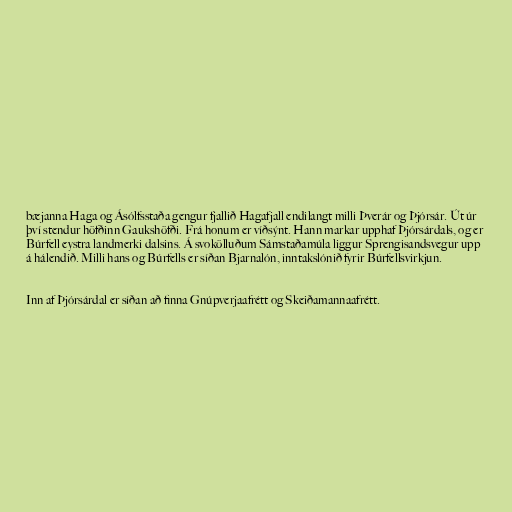
bæjanna Haga og Ásólfsstaða gengur fjallið Hagafjall endilangt milli Þverár og Þjórsár. Út úr
því stendur höfðinn Gaukshöfði. Frá honum er víðsýnt. Hann markar upphaf Þjórsárdals, og er
Búrfell eystra landmerki dalsins. Á svokölluðum Sámstaðamúla liggur Sprengisandsvegur upp
á hálendið. Milli hans og Búrfells er síðan Bjarnalón, inntakslónið fyrir Búrfellsvirkjun.

Inn af Þjórsárdal er síðan að finna Gnúpverjaafrétt og Skeiðamannaafrétt.